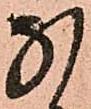
な